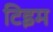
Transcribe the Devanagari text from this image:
टिइम